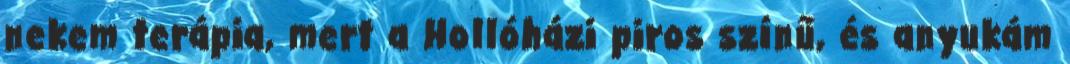
nekem terápia, mert a Hollóházi piros színű, és anyukám